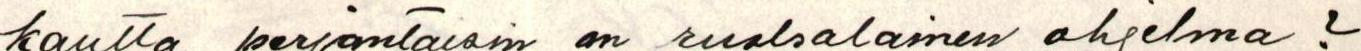
kautta perjantaisin on ruotsalainen ohjelma ?